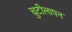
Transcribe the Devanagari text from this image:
चुटीलापन